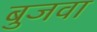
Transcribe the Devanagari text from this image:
बुजवा